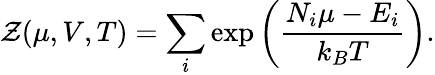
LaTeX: {\mathcal{Z}}(\mu,V,T)=\sum_{i}\exp\left({\frac{N_{i}\mu-E_{i}}{k_{B}T}}\right).